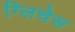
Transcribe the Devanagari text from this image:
ग्लिचेस